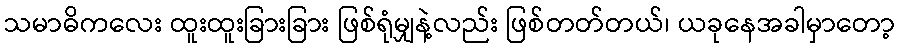
သမာဓိကလေး ထူးထူးခြားခြား ဖြစ်ရုံမျှနဲ့လည်း ဖြစ်တတ်တယ်၊ ယခုနေအခါမှာတော့